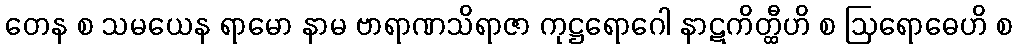
တေန စ သမယေန ရာမော နာမ ဗာရာဏသိရာဇာ ကုဋ္ဌရောဂေါ နာဋကိတ္ထီဟိ စ ဩရောဓေဟိ စ